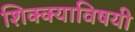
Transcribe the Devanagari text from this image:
शिक्क्याविषयी